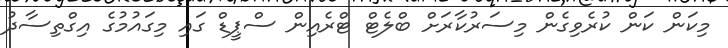
މިކަން ކަން ކުރެވިގެން މިސަރުކާރަށް ބްލެޓް ޓްރެއިން ސްޕީޑް ގައި މިގައުމުގެ އިގްތިސާދު